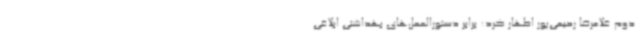
دوم غلامرضا رحیمی‌پور اظهار کرد: برابر دستورالعمل‌های بهداشتی ابلاغی